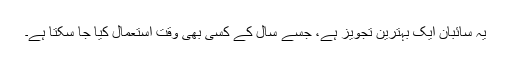
یہ سائبان ایک بہترین تجویز ہے، جسے سال کے کسی بھی وقت استعمال کیا جا سکتا ہے۔